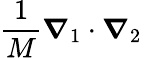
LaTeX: {\frac{1}{M}}{\boldsymbol{\nabla}}_{1}\cdot{\boldsymbol{\nabla}}_{2}\,